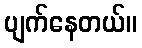
ပျက်နေတယ်။